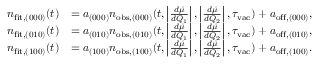
\begin{array} { r l } { n _ { \mathrm { f i t } , ( 0 0 0 ) } ( t ) } & { = a _ { ( 0 0 0 ) } n _ { \mathrm { o b s } , ( 0 0 0 ) } ( t , \left| \frac { d \vec { \mu } } { d Q _ { 1 } } \right| , \left| \frac { d \vec { \mu } } { d Q _ { 2 } } \right| , \tau _ { \mathrm { v a c } } ) + a _ { \mathrm { o f f } , ( 0 0 0 ) } , } \\ { n _ { \mathrm { f i t } , ( 0 1 0 ) } ( t ) } & { = a _ { ( 0 1 0 ) } n _ { \mathrm { o b s } , ( 0 1 0 ) } ( t , \left| \frac { d \vec { \mu } } { d Q _ { 1 } } \right| , \left| \frac { d \vec { \mu } } { d Q _ { 2 } } \right| , \tau _ { \mathrm { v a c } } ) + a _ { \mathrm { o f f } , ( 0 1 0 ) } , } \\ { n _ { \mathrm { f i t } , ( 1 0 0 ) } ( t ) } & { = a _ { ( 1 0 0 ) } n _ { \mathrm { o b s } , ( 1 0 0 ) } ( t , \left| \frac { d \vec { \mu } } { d Q _ { 1 } } \right| , \left| \frac { d \vec { \mu } } { d Q _ { 2 } } \right| , \tau _ { \mathrm { v a c } } ) + a _ { \mathrm { o f f } , ( 1 0 0 ) } . } \end{array}